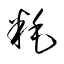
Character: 粍